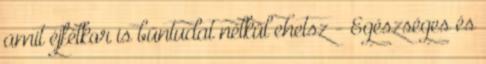
amit éjfélkor is bűntudat nélkül ehetsz - Egészséges és